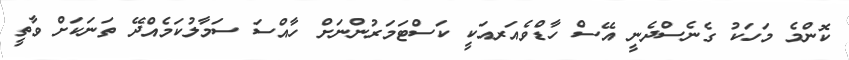
ކޮންމެ މަހަކު ގެނެސްދެނީ އޭސް ހާޑްވެއަރއަކީ ކަސްޓަމަރުންނަށް ހާއްސަ ސަމާލުކަމެއްދޭ ތަނަކަށް ވާތީ